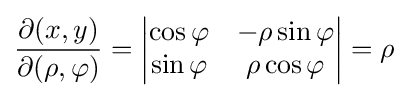
{\frac {\partial (x,y)}{\partial (\rho ,\varphi )}}={\begin{vmatrix}\cos \varphi &-\rho \sin \varphi \\\sin \varphi &\rho \cos \varphi \end{vmatrix}}=\rho